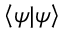
\left\langle \psi | \psi \right\rangle